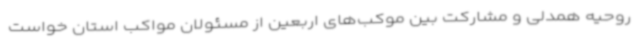
روحیه همدلی و مشارکت بین موکب‌های اربعین از مسئولان مواکب استان خواست